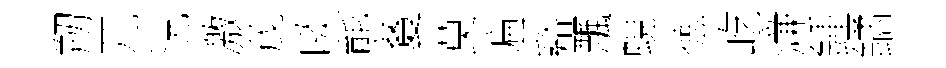
剏兀況激茂啖熊藑莫遍谿飄蜆徳屹濓鍾鐍